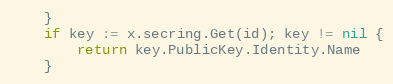
Language: Go
	}
	if key := x.secring.Get(id); key != nil {
		return key.PublicKey.Identity.Name
	}